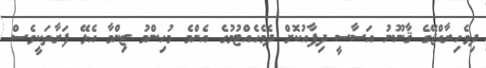
ދިވެހިރާއްޖޭގެ ޤާނޫނު އަސާސީ ދިފާއުކޮށް ދެމެހެއްޓުމުގެ އެންމެ މުހިންމު ޒިންމާ އެޅޭ ފަރާތަކީވެސް